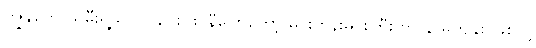
ကျွန်တော့်သမီးရဲ့သူငယ်ချင်း ဖဲင်နီပြောတော့ မင်းတုန်းမင်းကြီးဟာ နာမကျန်း ဖြစ်လို့